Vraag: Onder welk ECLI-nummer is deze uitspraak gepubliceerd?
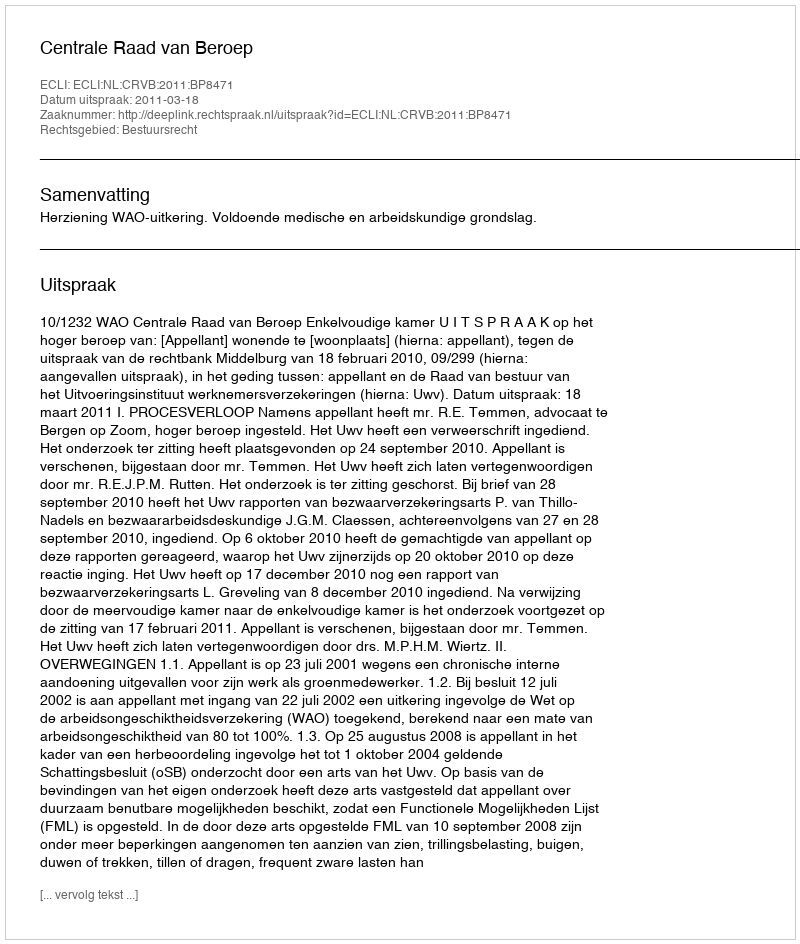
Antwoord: ECLI:NL:CRVB:2011:BP8471